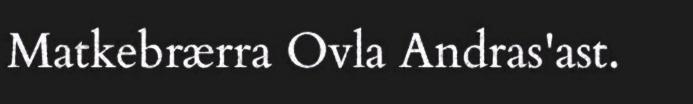
Matkebrærra Ovla Andras'ast.